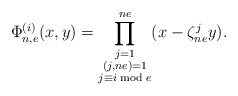
\begin{align*} \Phi_{n,e}^{(i)}(x,y)=\prod^{ne}_{\substack{j=1 \\ (j,ne)=1\\ j\equiv i \bmod e}}(x-\zeta^j_{ne}y).\end{align*}